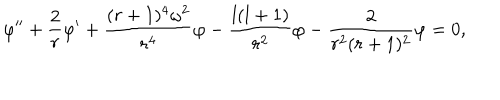
\varphi ^ { \prime \prime } + { \frac { 2 } { r } } \varphi ^ { \prime } + { \frac { ( r + 1 ) ^ { 4 } \omega ^ { 2 } } { r ^ { 4 } } } \varphi - { \frac { l ( l + 1 ) } { r ^ { 2 } } } \varphi - { \frac { 2 } { r ^ { 2 } ( r + 1 ) ^ { 2 } } } \varphi = 0 ,